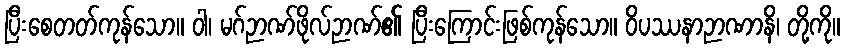
ပြီးစေတတ်ကုန်သော။ ဝါ၊ မဂ်ဉာဏ်ဖိုလ်ဉာဏ်၏ ပြီးကြောင်းဖြစ်ကုန်သော။ ဝိပဿနာဉာဏာနိ၊ တို့ကို။